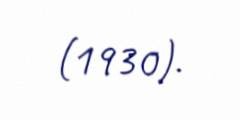
(1930).